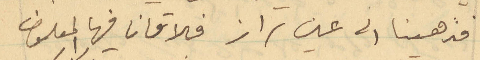
فذهبنا الى عين تراز فلاقانا فيها المعلوف